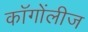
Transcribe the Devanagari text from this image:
कॉगोंलीज